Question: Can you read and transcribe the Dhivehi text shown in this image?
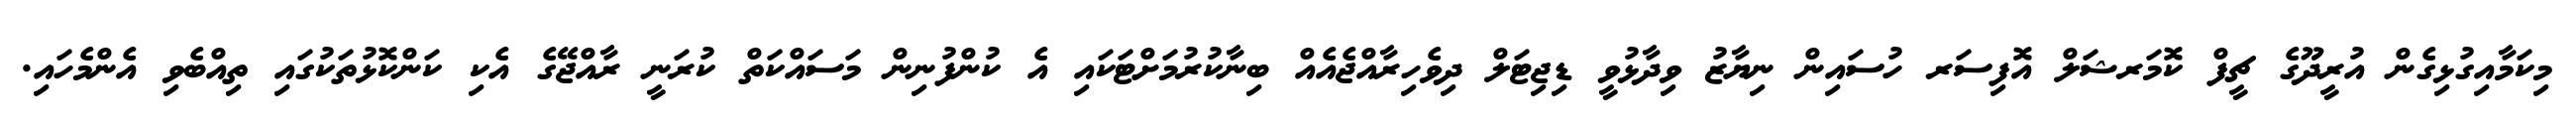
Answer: މިކަމާއިގުޅިގެން އުރީދޫގެ ޗީފް ކޮމަރޝަލް އޮފިސަރ ހުސައިން ނިޔާޒު ވިދާޅުވީ ޑިޖިޓަލް ދިވެހިރާއްޖެއެއް ބިނާކުރުމަށްޓަކައި އެ ކުންފުނިން މަސައްކަތް ކުރަނީ ރާއްޖޭގެ އެކި ކަންކޮޅުތަކުގައި ތިއްބެވި އެންމެހައި.